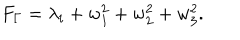
F _ { \Gamma } = \lambda _ { i } + w _ { 1 } ^ { 2 } + w _ { 2 } ^ { 2 } + w _ { 3 } ^ { 2 } .